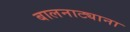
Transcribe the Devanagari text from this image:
बालनाट्याना